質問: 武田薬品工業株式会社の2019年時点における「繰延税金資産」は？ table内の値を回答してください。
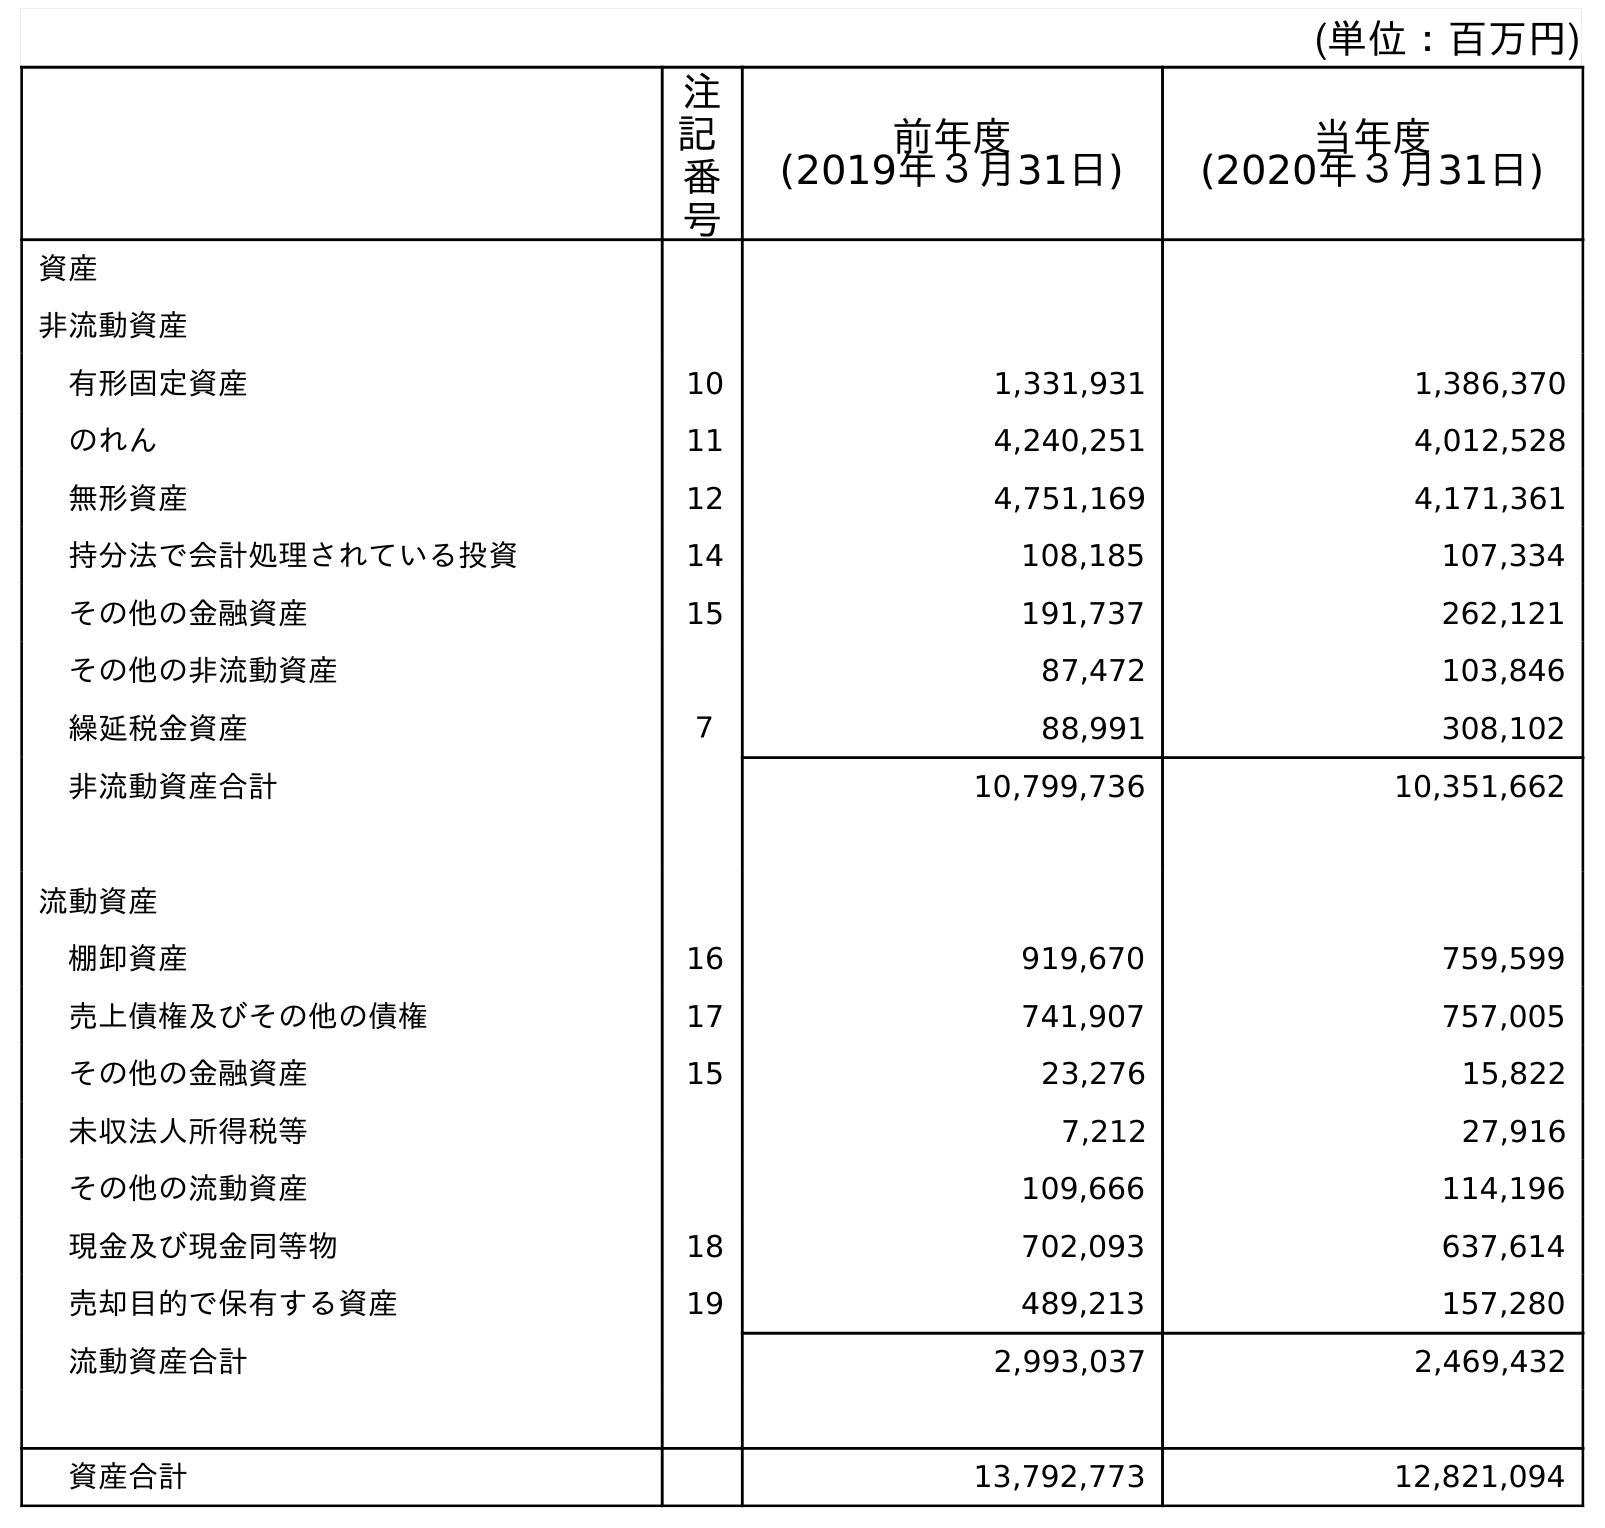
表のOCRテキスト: (単位：百万円) 注 記 番 号 前年度 (2019年３月31日) 当年度 (2020年３月31日) 資産 非流動資産 有形固定資産 10 1,331,931 1,386,370 のれん 11 4,240,251 4,012,528 無形資産 12 4,751,169 4,171,361 持分法で会計処理されている投資 14 108,185 107,334 その他の金融資産 15 191,737 262,121 その他の非流動資産 87,472 103,846 繰延税金資産 ７ 88,991 308,102 非流動資産合計 10,799,736 10,351,662 流動資産 棚卸資産 16 919,670 759,599 売上債権及びその他の債権 17 741,907 757,005 その他の金融資産 15 23,276 15,822 未収法人所得税等 7,212 27,916 その他の流動資産 109,666 114,196 現金及び現金同等物 18 702,093 637,614 売却目的で保有する資産 19 489,213 157,280 流動資産合計 2,993,037 2,469,432 資産合計 13,792,773 12,821,094
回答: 88,991